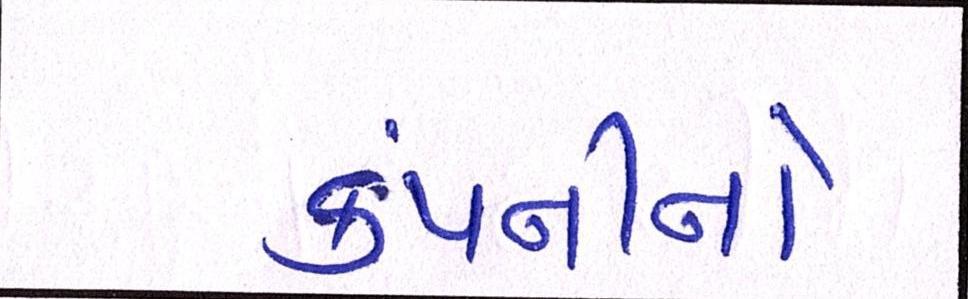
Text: કંપનીનો